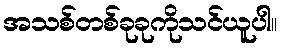
အသစ်တစ်ခုခုကိုသင်ယူပါ။